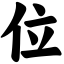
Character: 位